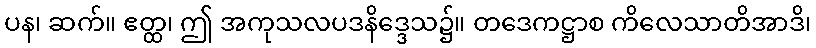
ပန၊ ဆက်။ ဧတ္ထ၊ ဤ အကုသလပဒနိဒ္ဒေသ၌။ တဒေကဋ္ဌာစ ကိလေသာတိအာဒိ၊